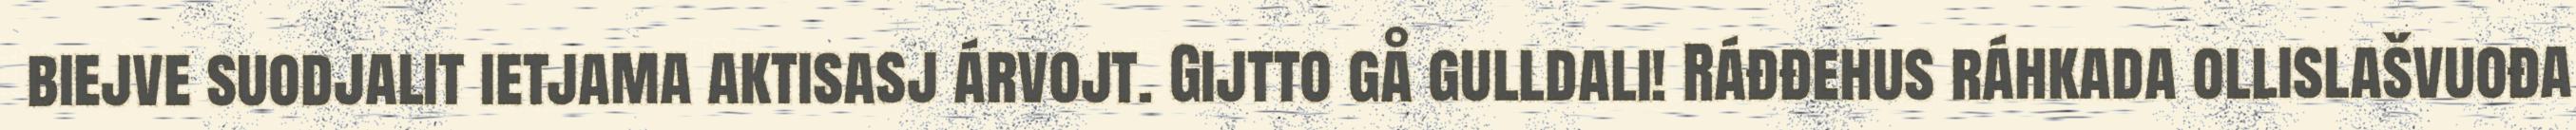
biejve suodjalit ietjama aktisasj árvojt. Gijtto gå gulldali! Ráđđehus ráhkada ollislašvuođa